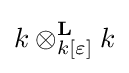
k\otimes _{k[\varepsilon ]}^{\mathbf {L} }k